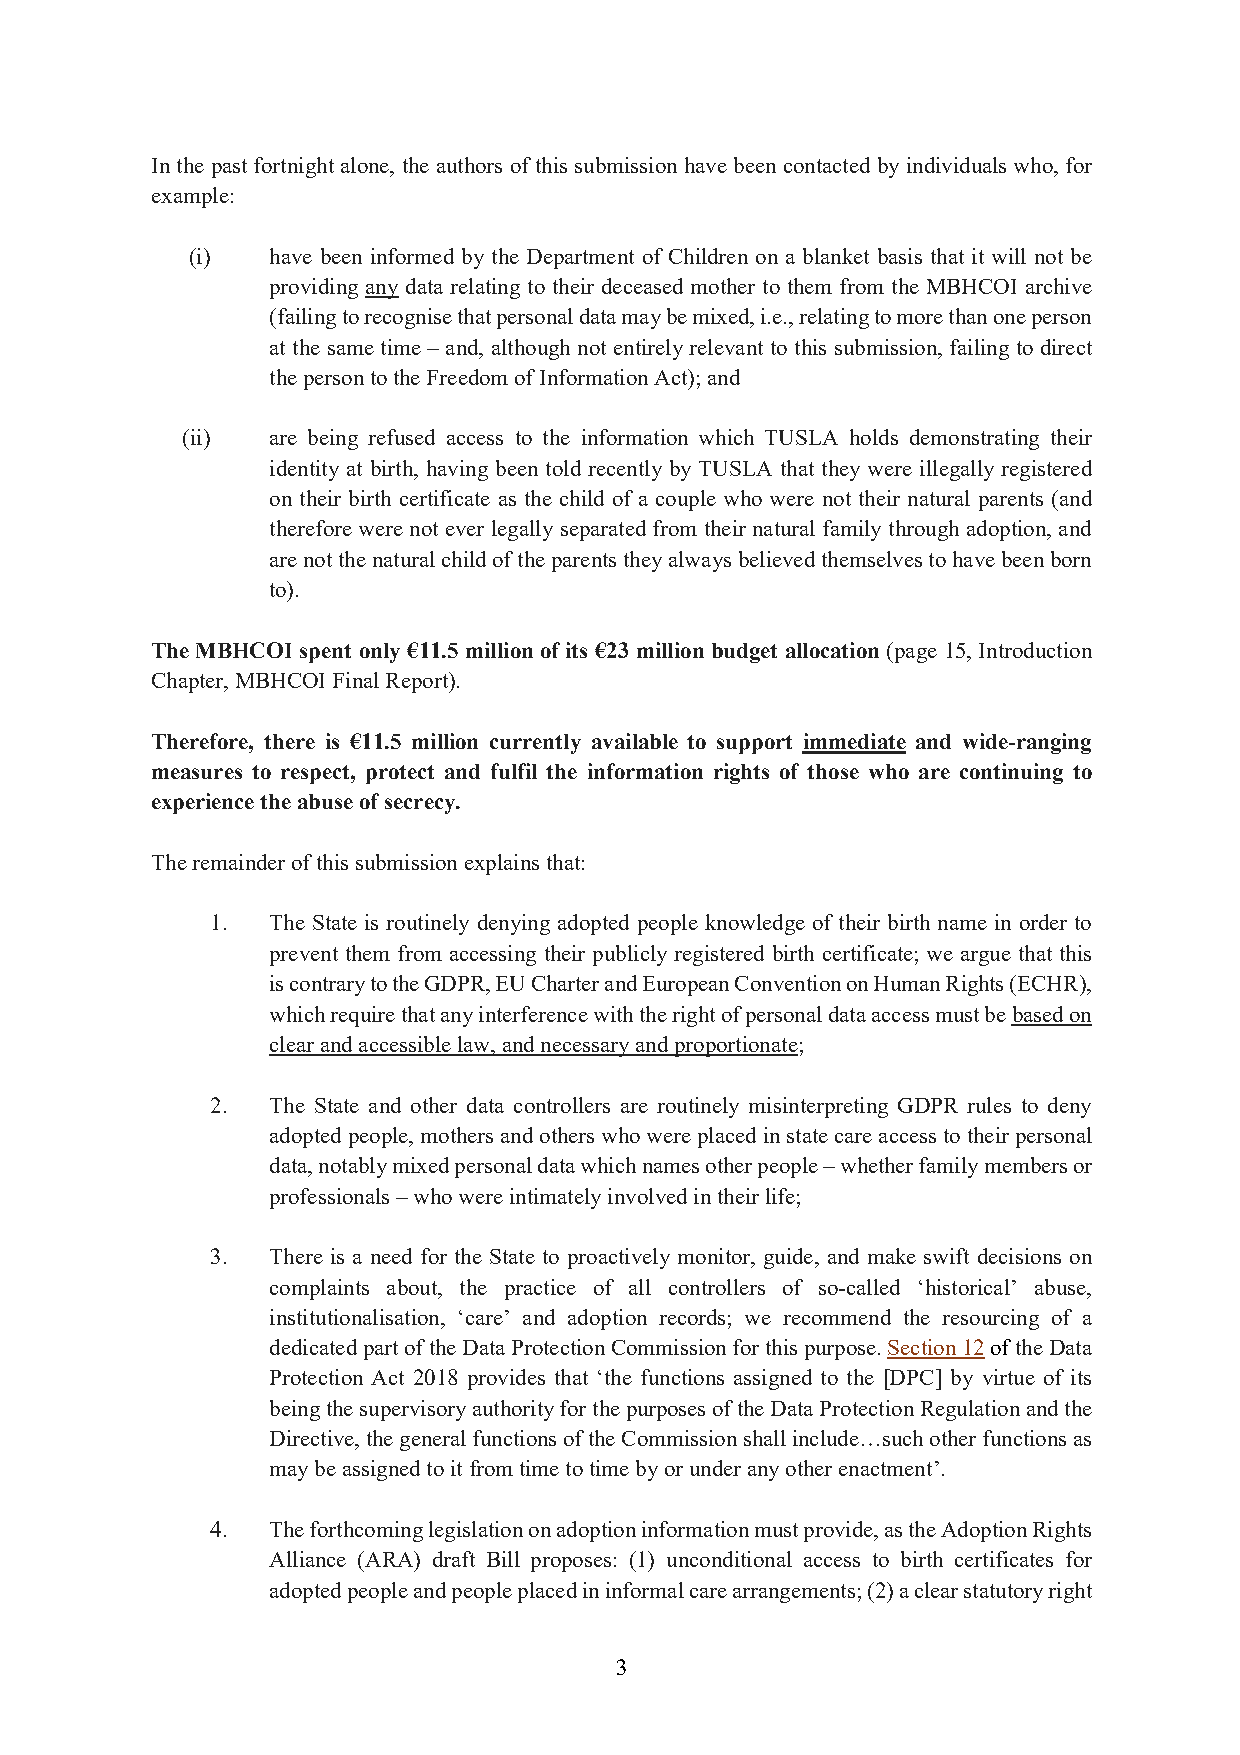
In the past fortnight alone, the authors of this submission have been contacted by individuals who, for
 example:
 (i)   have been informed by the Department of Children on a blanket basis that it will not be
 providing any data relating to their deceased mother to them from the MBHCOI archive
 (failing to recognise that personal data may be mixed, i.e., relating to more than one person
 at the same time – and, although not entirely relevant to this submission, failing to direct
 the person to the Freedom of Information Act); and
 (ii)  are being refused access to the information which TUSLA holds demonstrating their
 identity at birth, having been told recently by TUSLA that they were illegally registered
 on their birth certificate as the child of a couple who were not their natural parents (and
 therefore were not ever legally separated from their natural family through adoption, and
 are not the natural child of the parents they always believed themselves to have been born
 to).
 The MBHCOI spent only €11.5 million of its €23 million budget allocation (page 15, Introduction
 Chapter, MBHCOI Final Report).
 Therefore, there is €11.5 million currently available to support immediate and wide-ranging
 measures to respect, protect and fulfil the information rights of those who are continuing to
 experience the abuse of secrecy.
 The remainder of this submission explains that:
 1.  The State is routinely denying adopted people knowledge of their birth name in order to
 prevent them from accessing their publicly registered birth certificate; we argue that this
 is contrary to the GDPR, EU Charter and European Convention on Human Rights (ECHR),
 which require that any interference with the right of personal data access must be based on
 clear and accessible law, and necessary and proportionate;
 2.  The State and other data controllers are routinely misinterpreting GDPR rules to deny
 adopted people, mothers and others who were placed in state care access to their personal
 data, notably mixed personal data which names other people – whether family members or
 professionals – who were intimately involved in their life;
 3.  There is a need for the State to proactively monitor, guide, and make swift decisions on
 complaints about, the practice of all controllers of so-called ‘historical’ abuse,
 institutionalisation, ‘care’ and adoption records; we recommend the resourcing of a
 dedicated part of the Data Protection Commission for this purpose. Section 12 of the Data
 Protection Act 2018 provides that ‘the functions assigned to the [DPC] by virtue of its
 being the supervisory authority for the purposes of the Data Protection Regulation and the
 Directive, the general functions of the Commission shall include…such other functions as
 may be assigned to it from time to time by or under any other enactment’.
 4.  The forthcoming legislation on adoption information must provide, as the Adoption Rights
 Alliance (ARA) draft Bill proposes: (1) unconditional access to birth certificates for
 adopted people and people placed in informal care arrangements; (2) a clear statutory right
 3